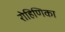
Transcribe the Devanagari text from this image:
रोहिणिका